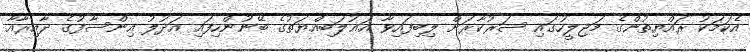
އެކަމަކު ރައްޔިތުންގެ މަޖިލީހުގައި ސަރުކާރަށް ލިބިފައިވާ އަޣުލަބިއްޔަތުގެ ބޭނުންހިފައި އަދުލު އިންސާފުގެ ދާއިރާއާ